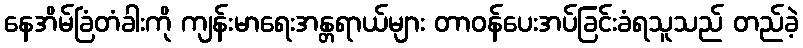
နေအိမ်ခြံတံခါးကို ကျန်းမာရေးအန္တရာယ်များ တာဝန်ပေးအပ်ခြင်းခံရသူသည် တည်ခဲ့